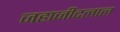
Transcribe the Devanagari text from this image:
जहाजीदलाल